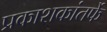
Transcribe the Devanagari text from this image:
प्रकाशकांतर्फे